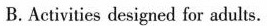
B.Activities designed for adults.